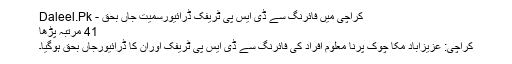
کراچی میں فائرنگ سے ڈی ایس پی ٹریفک ڈرائیورسمیت جاں بحق - Daleel.Pk
41 مرتبہ پڑھا
کراچی: عزیزآباد مکا چوک پرنا معلوم افراد کی فائرنگ سے ڈی ایس پی ٹریفک اوران کا ڈرائیورجاں بحق ہوگیا۔